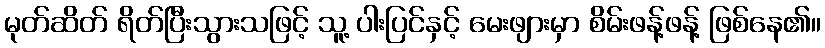
မုတ်ဆိတ် ရိတ်ပြီးသွားသဖြင့် သူ့ ပါးပြင်နှင့် မေးဖျားမှာ စိမ်းဖန့်ဖန့် ဖြစ်နေ၏။